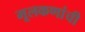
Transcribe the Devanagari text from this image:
मूलकणांची